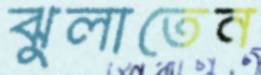
ঝুলাতেন